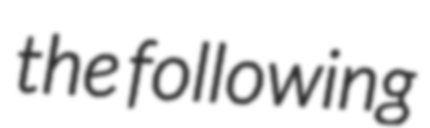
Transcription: the following